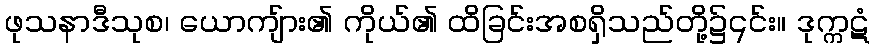
ဖုသနာဒီသုစ၊ ယောကျ်ား၏ ကိုယ်၏ ထိခြင်းအစရှိသည်တို့၌၎င်း။ ဒုက္ကဋံ